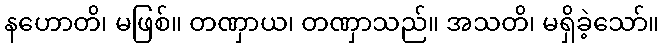
နဟောတိ၊ မဖြစ်။ တဏှာယ၊ တဏှာသည်။ အသတိ၊ မရှိခဲ့သော်။